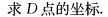
求D点的坐标.